Lunatic asylums Punjab 1911-1921 - 1911-1921
Year: 1911
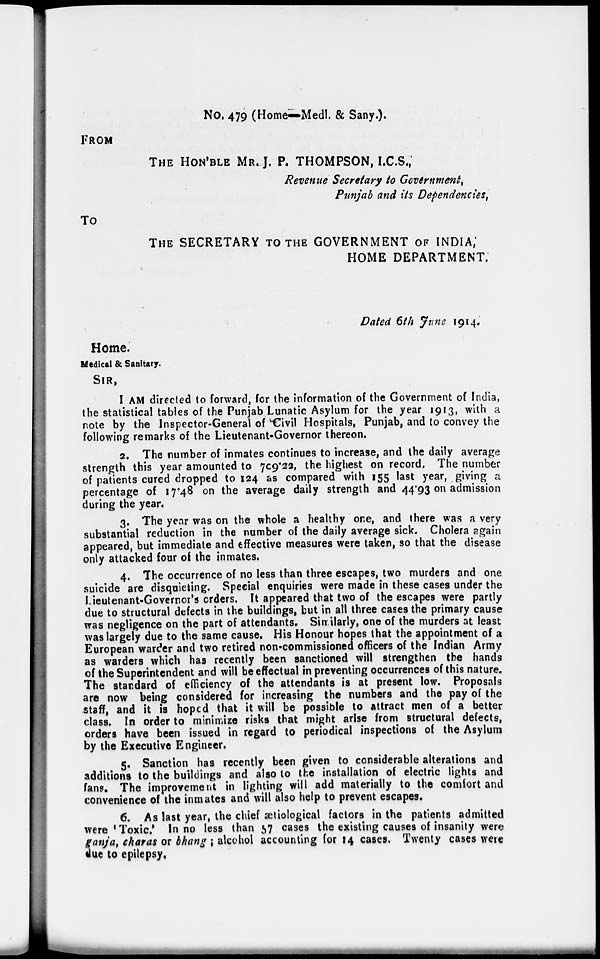
No. 479 (Home—Medl. & Sany.)
FROM
THE HON'BLE MR. J. P. THOMPSON, I.C.S.,
Revenue Secretary to Government,
Punjab and its Dependencies,
To
THE SECRETARY TO THE GOVERNMENT OF INDIA,
HOME DEPARTMENT.
Dated 6th June 1914.
Home.
Medical & Sanitary.
SIR,
I AM directed to forward, for the information of the Government of India,
the statistical tables of the Punjab Lunatic Asylum for the year 1913, with a
note by the Inspector-General of Civil Hospitals, Punjab, and to convey the
following remarks of the Lieutenant-Governor thereon.
2. The number of inmates continues to increase, and the daily average
strength this year amounted to 709.22, the highest on record. The number
of patients cured dropped to 124 as compared with 155 last year, giving a
percentage of 17.48 on the average daily strength and 44.93 on admission
during the year.
3. The year was on the whole a healthy one, and there was a very
substantial reduction in the number of the daily average sick. Cholera again
appeared, but immediate and effective measures were taken, so that the disease
only attacked four of the inmates.
4. The occurrence of no less than three escapes, two murders and one
suicide are disquieting. Special enquiries were made in these cases under the
Lieutenant-Governor's orders. It appeared that two of the escapes were partly
due to structural defects in the buildings, but in all three cases the primary cause
was negligence on the part of attendants. Similarly, one of the murders at least
was largely due to the same cause. His Honour hopes that the appointment of a
European warder and two retired non-commissioned officers of the Indian Army
as warders which has recently been sanctioned will strengthen the hands
of the Superintendent and will be effectual in preventing occurrences of this nature.
The standard of efficiency of the attendants is at present low. Proposals
are now being considered for increasing the numbers and the pay of the
staff, and it is hoped that it will be possible to attract men of a better
class. In order to minimize risks that might arise from structural defects,
orders have been issued in regard to periodical inspections of the Asylum
by the Executive Engineer.
5. Sanction has recently been given to considerable alterations and
additions to the buildings and also to the installation of electric lights and
fans. The improvement in lighting will add materially to the comfort and
convenience of the inmates and will also help to prevent escapes.
6. As last year, the chief œtiological factors in the patients admitted
were 'Toxic.' In no less than 57 cases the existing causes of insanity were
ganja, charas or bhang ; alcohol accounting for 14 cases. Twenty cases were
due to epilepsy.